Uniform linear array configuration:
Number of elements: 48
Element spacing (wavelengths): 0.25
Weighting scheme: blackman
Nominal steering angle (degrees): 45
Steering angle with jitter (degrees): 45.296
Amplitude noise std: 0.05
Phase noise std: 0.05

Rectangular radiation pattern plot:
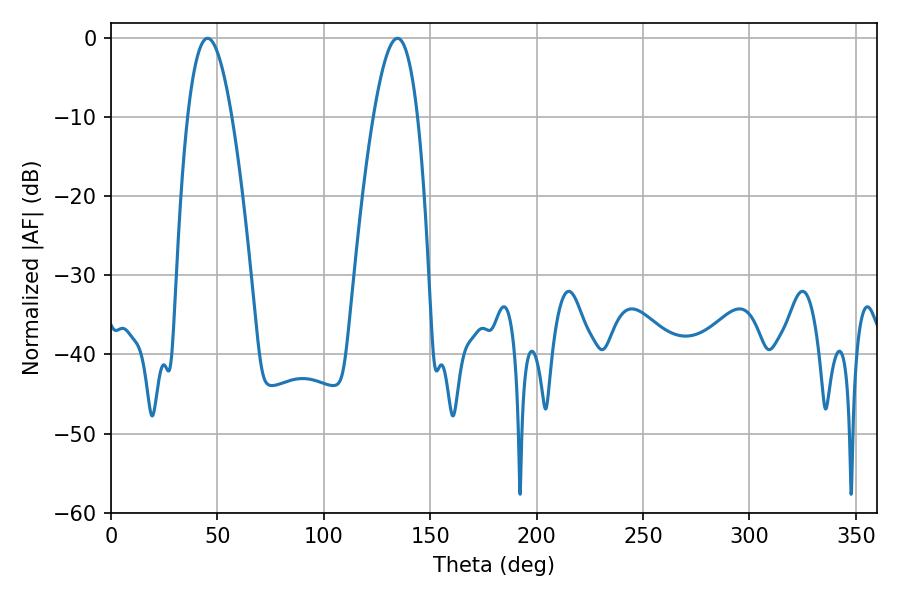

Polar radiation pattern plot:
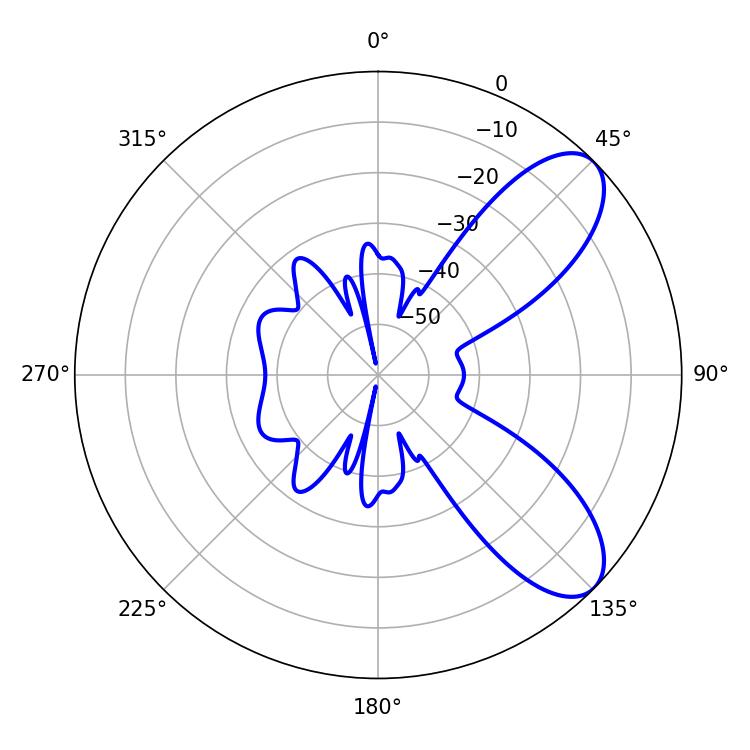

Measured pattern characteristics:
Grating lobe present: FALSE
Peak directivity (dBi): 8.156
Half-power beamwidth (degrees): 11.34
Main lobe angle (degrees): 45.36